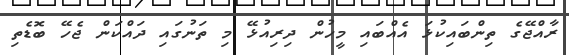
ރާއްޖޭގެ ތިންބައިކުޅަ އެއްބައި މީހުން ދިރިއުޅޭ މި ތަނުގައި ދައްކަން ޖެހޭ ބޮޑެތި